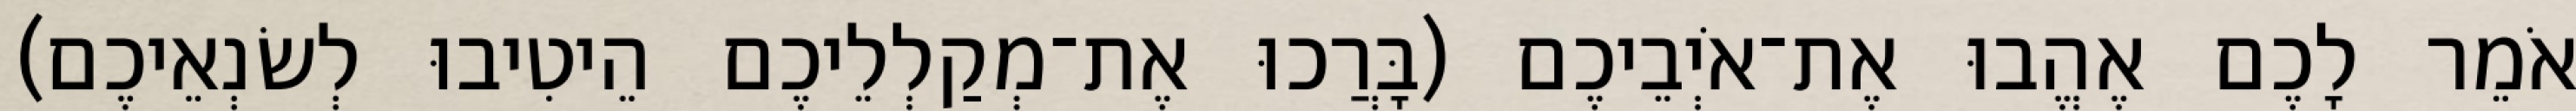
אֹמֵר לָכֶם אֶהֱבוּ אֶת־אֹיְבֵיכֶם (בָּרֲכוּ אֶת־מְקַלְלֵיכֶם הֵיטִיבוּ לְשׂנְאֵיכֶם)